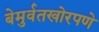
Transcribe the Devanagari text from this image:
बेमुर्वतखोरपणे